Annual report of the Civil Veterinary Department, Bengal, for the year 1898-99 - 1898-1899
Year: 1898
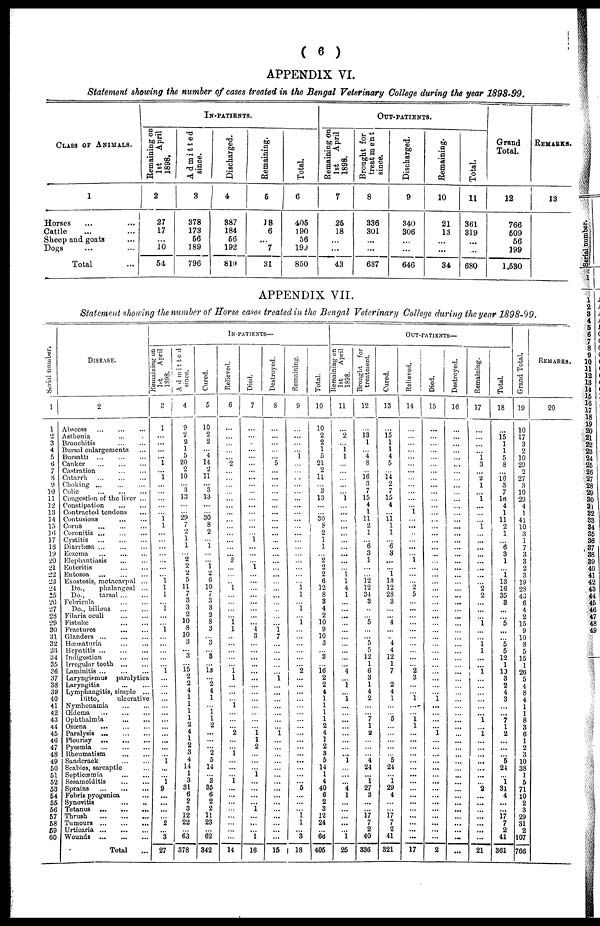
( 6 )
APPENDIX VI.
Statement showing the number of eases treated in the Bengal Veterinary College during the year 1898-99.
CLASS OF ANIMALS.
1
Horses ... ...
Cattle … …
Sheep and goats …
Dogs … …
Total …
IN-PATIENTS.
Remaining on
1st
April
1898.
2
27
17
...
10
54
Admitted
since.
3
378
173
56
189
796
Discharged.
4
387
184
56
192
819
Remaining.
5
18
6
...
7
31
Total.
6
405
190
56
199
850
OUT-PATIENTS.
Remaining on
1 st
April
1898.
7
25
18
...
...
43
Brought for
treatment
since.
8
336
301
...
...
637
Discharged.
9
340
306
...
...
646
Remaining.
10
21
13
...
...
34
Total.
11
361
319
...
...
680
Grand
Total.
12
766
509
56
199
1,530
REMARKS.
13
APPENDIX VII.
Statement showing the number of Horse cases treated in the Bengal Veterinary College during the year 1898-99.
Serial number.
1
1
2
3
4
5
6
7
8
9
10
11
12
13
14
15
16
17
18
19
20
21
22
23
24
25
26
27
28
29
30
31
32
33
34
35
36
37
38
39
40
41
42
43
44
45
46
47
48
49
50
51
52
53
54
55
56
57
58
59
60
DISEASE.
2
Abscess ... ... ...
Asthenia ... .
Bronchitis ... ...
Bursal enlargements ...
Bursatti
...
...
...
Canker
...
...
...
Castration
...
...
Catarrh ... ... ...
Choking ... ... ...
Colic
...
...
...
Congestion of the liver ...
Constipation
...
...
Contracted tendons ...
Contusions ... ...
Corns
...
...
...
Coronitis
...
...
...
Cystitis
...
...
...
Diarrhœa ... ... ...
Eczema
...
...
...
Elephantiasis ... ...
Enteritis
...
...
Entozoa ... ... ...
Exostosis, metacarpal ...
Do..
phalangeal ...
Do..
tarsal ... ...
Febrieula
...
...
Do.. bilious
...
...
Filaria oculi
...
...
Fistulœ ... ...
Fractures
...
...
Glanders
...
...
...
Hœœaturia
...
...
Hepatitis
...
...
...
Indigestion
...
...
Irregular teeth
...
...
Laminitis
...
...
...
Laryngismus
paralytica
Laryngitis
...
...
Lymphangitis, simple ...
Ditto,
ulcerative
Nymhonamia
...
...
Œdema
...
...
...
Ophthalmia
...
...
Ozœna
...
...
...
Paralysis ...
...
...
Plourisy
...
...
...
Pyœmia
...
...
...
Rheumatism
...
...
Sanderack ... ...
Scabies, sareaptie ...
Septicœmia
...
...
Sesamoiditis ... ...
Sprains
... ... ...
Febris pyogenica ...
Synovitis
...
...
Tetanus
...
...
...
Thrush
...
...
...
Tumours
...
...
...
Urticaria
...
...
...
Wounds
...
...
...
Total …
IN-PATIENTS—
Remaining on
1st
April
1898.
3
1
...
...
...
... 1
...
1
...
...
...
...
...
1 1
...
...
...
...
...
...
...
1 1
1
...
1
...
...
1
...
...
...
...
... 1
...
...
...
...
...
...
...
...
...
...
...
... 1
...
...
1
9
...
...
...
... 2
...
3
27
Admitted
since.
4
9
2
2
1
5
20
2
10
... 3
13
...
...
29
7
2
1
1
... 2
9
2
5
11
7
3
3
2
10
8
10
3
... 3
... 15
2
2
4
1
1
1
1
2
4
1
2
3
4
14
1
3
31
6
2
3
12
22
... 63
378
Cured.
5
10
2
2
...
4
14
2
11
... 3
13
...
...
30
8
2
...
1
...
...
1
2
6
10
7
3
3
2
8
3
... 3
... 3
... 13
...
2
4
1
...
1
1
2
...
...
... 2
5
14
... 3
35
6
2
2
11
23
...
62
342
Relieved.
6
...
...
...
...
... 2
...
...
...
...
...
...
...
...
...
...
...
...
...
2
...
...
... l
...
...
...
... 1 1
...
...
...
...
... 1 1
...
...
... 1
...
...
... 2
...
... 1
...
...
...
1
...
...
...
...
...
...
...
...
14
Died.
7
...
...
...
...
...
...
...
...
...
...
...
...
...
...
...
...
1
...
...
...
1
...
...
...
...
...
...
...
... 4
3
...
...
...
...
...
...
...
...
...
...
...
...
... 1 1
2
...
...
...
1
...
...
...
... 1
...
...
...
1
16
Destroyed.
8
...
...
...
...
... 5
...
...
...
...
...
...
...
...
...
......
...
...
...
...
...
...
...
...
...
...
...
...
1
7
...
...
...
...
...
1
...
...
...
...
...
...
... 1
...
...
...
...
...
...
...
...
...
...
...
...
...
...
15
Remaining.
9
...
...
...
...
1
...
...
...
...
...
...
...
...
...
...
...
...
...
...
...
...
... 1 1
...
i
... 1
...
...
...
...
...
... 2
...
...
...
...
...
...
...
...
...
...
...
...
...
...
...
5
...
... 1 1
...
3
18
Total.
10
10
2
2
1
5
21
2
11
...
3
13
...
... 30
8
2
1
1
... 2
2
2
6
12
8
3
4
2
10
9
10
3
... 3
... 16
2
2
4
1
1
1
1
2
4
1
2
3
5
14
1
4
40
6
2
3
12
24
...
66
405
OUT-PATIENTS—
1st
April
1898.
11
...
2
...
i 1
...
...
...
...
...
1
...
...
...
...
...
...
...
...
...
... 1 1
4
1
...
...
...
...
...
...
...
...
... 4
...
1
1
...
...
...
...
...
...
...
...
1
...
...
... 4
1
...
...
...
...
...
1
25
Brought for
treatment.
12
...
13
1
...
4
8
...
16
3
7
15
4
1
11
2
1
... 6
3
1
...
12
12
34
3
...
... 5
...
... 5
5
12
1
6
3
1
4
2
...
... 7
1
2
...
...
... 4
24
...
1
27
3
...
... 17
7
2
40
336
Cured.
13
...
15
1
1
4
5
...
14
2
7
15
4
... 11 1
1
... 6
3
...
... 1
13
12
28
3
...
... 4
...
... 4
4
12
1
7
...
2
4
1
...
... 5
...
...
...
...
... 5
24
... 1
29
4
...
... 17
7
2
41
321
Relieved.
14
...
...
...
...
...
...
...
...
...
...
...
...
i
...
...
...
...
i
...
... 2
5
...
...
...
...
...
...
...
...
...
2
3
...
1
...
... 1
1
...
...
...
...
...
...
...
...
...
...
...
...
...
...
...
...
17
Died.
15
...
...
...
...
...
...
...
...
...
...
...
...
...
...
...
...
...
...
...
...
...
...
...
...
...
...
...
...
...
...
...
...
...
...
...
...
...
...
...
1
...
...
...
...
1
...
...
...
...
...
...
...
...
...
...
...
...
...
...
...
2
Destroyed.
16
...
...
...
...
...
...
...
...
...
...
...
...
...
...
...
...
...
...
...
...
...
...
...
...
...
...
...
...
...
...
...
...
...
...
...
...
...
...
...
...
...
...
...
...
...
...
...
...
...
...
...
...
...
...
...
...
...
...
...
...
Remaining.
17
...
...
...
...
1 3
... 2
1
...
1
...
...
...
1
...
...
...
...
...
...
...
... 2
2
...
...
... 1
...
...
1 1
...
1
...
...
...
...
...
... 1
...
1
...
...
...
...
...
...
... 2
...
...
...
...
...
...
...
21
Total.
18
...
15
1
1
5
8
... 16
3
7
16
4
1
11
2
1
... 6
3
1
1
13
16
35
3
...
... 5
...
... 5
5
12
1
10
3
2
4
3
...
... 7
1
2
...
...
... 5
24
...
1
31
4
...
...
17
7
2
41
361
Gr and Tot al .
19
10
17
3
2
10
29
2
27
3
10
29
4
1
41
10
3
1
7
3
3
2
3
19
28
43
6
4
2
15
9
10
8
5
15
1
26
5
4
8
4
1
1
8
3
6
1
2
3
10
38
1
5
71
10
2
3
29
31
2
107
766
REMARKS.
20